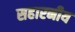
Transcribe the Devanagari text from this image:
सहारनीय